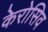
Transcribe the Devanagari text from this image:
केरोसिव